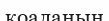
коаланың